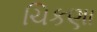
ચિકણા